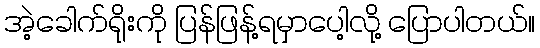
အဲ့ခေါက်ရိုးကို ပြန်ဖြန့်ရမှာပေါ့လို့ ပြောပါတယ်။